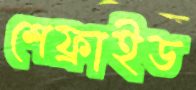
শেফ্রাইড